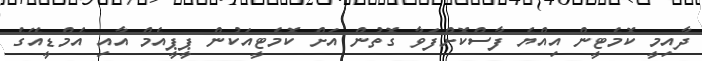
ދާއިމީ ކޮމެޓީން އިއްޔެ ފާސްކޮށްފަވާ ގޮތުން އަށް ކޮމެޓީއަކުން ޕީޕީއެމް އާއި އެމްޑީއޭގެ